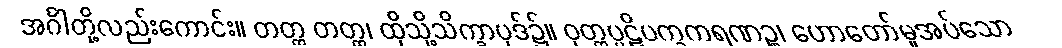
အင်္ဂါတို့လည်းကောင်း။ တတ္ထ တတ္ထ၊ ထိုသို့သိက္ခာပုဒ်၌။ ဝုတ္တပ္ပဋိပက္ခကရဏဉ္စ၊ ဟောတော်မူအပ်သော